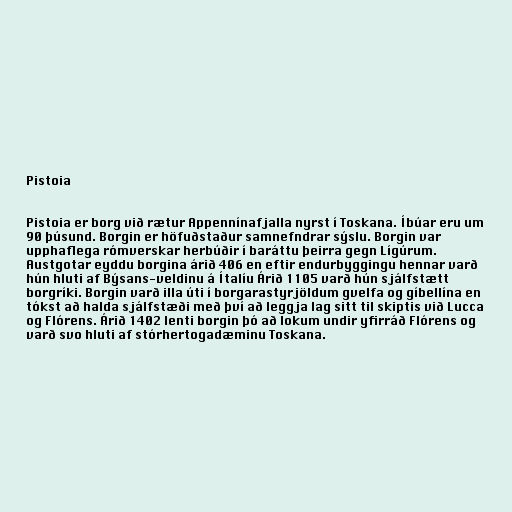
Pistoia

Pistoia er borg við rætur Appennínafjalla nyrst í Toskana. Íbúar eru um
90 þúsund. Borgin er höfuðstaður samnefndrar sýslu. Borgin var
upphaflega rómverskar herbúðir í baráttu þeirra gegn Lígúrum.
Austgotar eyddu borgina árið 406 en eftir endurbyggingu hennar varð
hún hluti af Býsans-veldinu á Ítalíu Árið 1105 varð hún sjálfstætt
borgríki. Borgin varð illa úti í borgarastyrjöldum gvelfa og gíbellína en
tókst að halda sjálfstæði með því að leggja lag sitt til skiptis við Lucca
og Flórens. Árið 1402 lenti borgin þó að lokum undir yfirráð Flórens og
varð svo hluti af stórhertogadæminu Toskana.